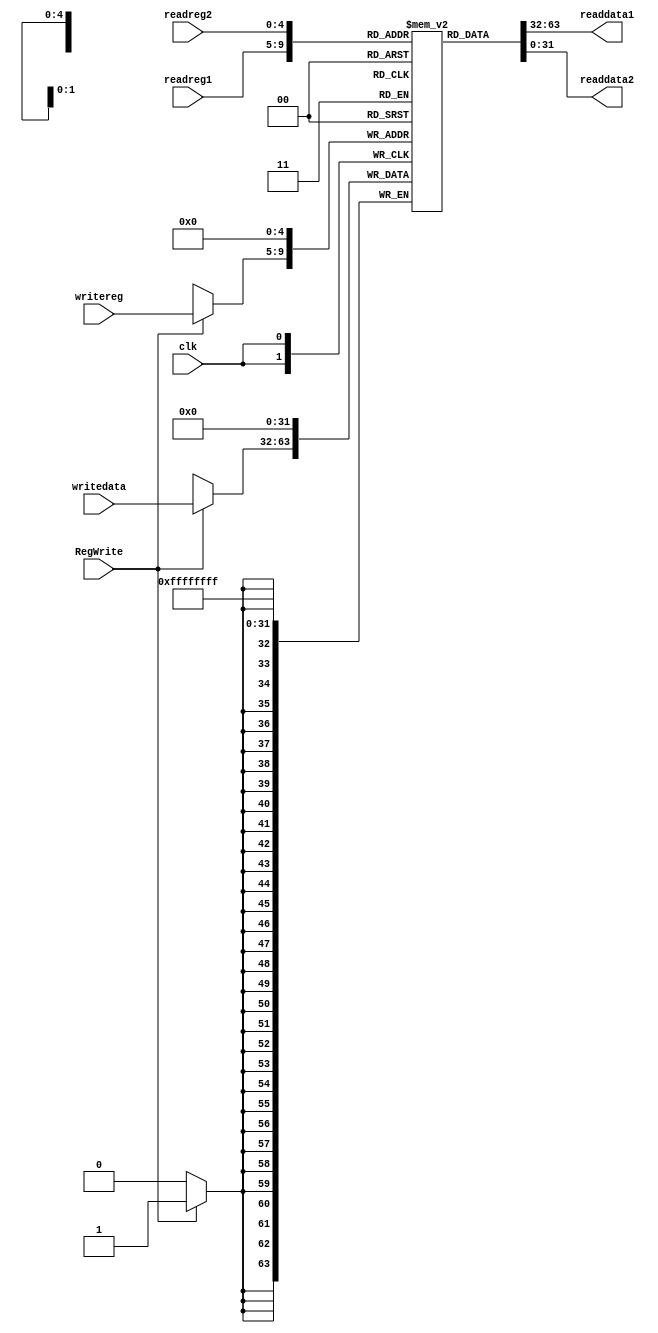
module RegFile (clk, readreg1, readreg2, writereg, writedata, RegWrite, readdata1, readdata2);
  input [4:0] readreg1, readreg2, writereg;
  input [31:0] writedata;
  input clk, RegWrite;
  output [31:0] readdata1, readdata2;

  reg [31:0] regfile [31:0];
  initial
	regfile[0]=0;
  always @(posedge clk)
  begin
    regfile[0]=0;
		  	if (RegWrite) 
	 				regfile[writereg] <= writedata;
  end

  assign readdata1 = regfile[readreg1];
  assign readdata2 = regfile[readreg2];
endmodule